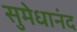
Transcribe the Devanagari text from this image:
सुमेधानंद